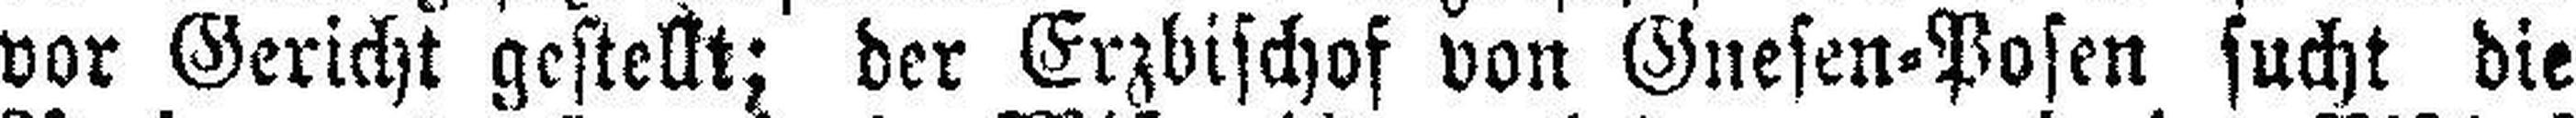
vor Gericht gestellt; der Erzbischof von Gnesen=Posen sucht die